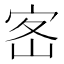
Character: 𡧸